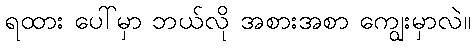
ရထား ပေါ်မှာ ဘယ်လို အစားအစာ ကျွေးမှာလဲ။